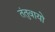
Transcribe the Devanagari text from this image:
तंतुवायो